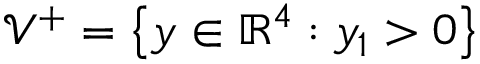
\mathcal { V } ^ { + } = \left\lbrace \boldsymbol { y } \in \mathbb { R } ^ { 4 } : y _ { 1 } > 0 \right\rbrace